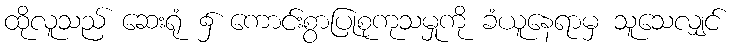
ထိုလူသည် ဆေးရုံ ၌ ကောင်းစွာပြုစုကုသမှုကို ခံယူနေရာမှ သူသေလျှင်